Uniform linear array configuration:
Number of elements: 64
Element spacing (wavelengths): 0.75
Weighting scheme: hamming
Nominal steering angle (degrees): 30
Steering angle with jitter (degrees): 30.575
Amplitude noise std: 0.05
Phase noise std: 0.05

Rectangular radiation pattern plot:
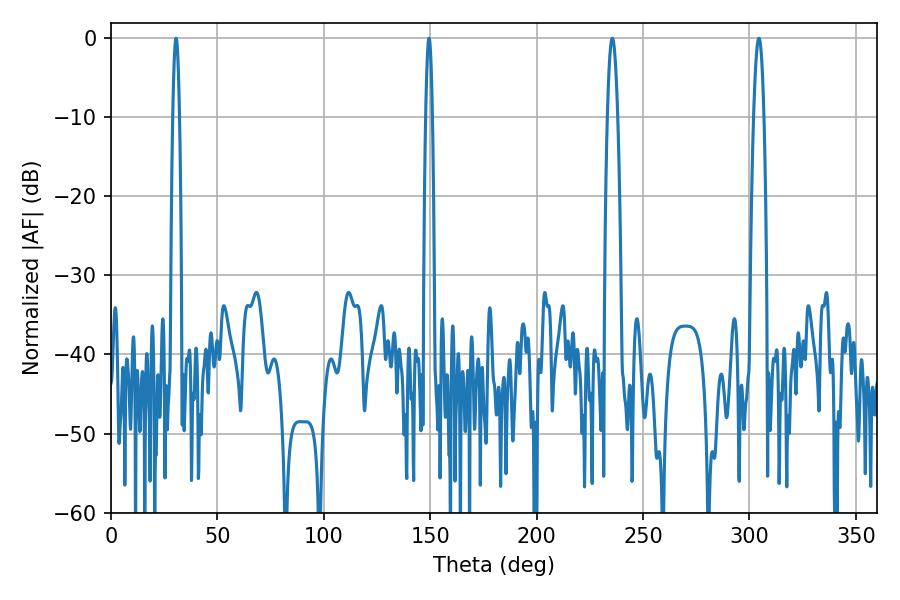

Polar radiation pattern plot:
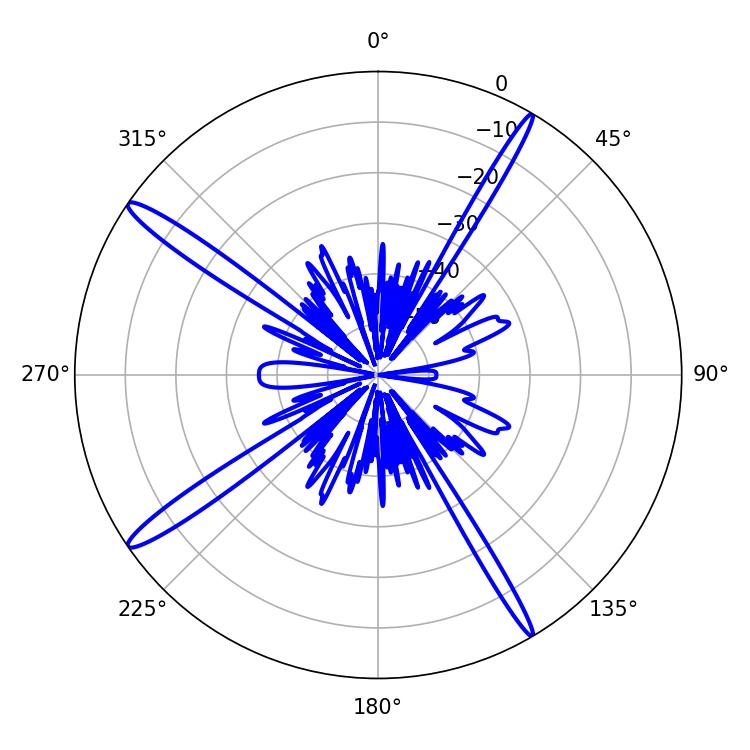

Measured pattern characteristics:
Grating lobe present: TRUE
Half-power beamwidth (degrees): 1.62
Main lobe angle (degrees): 149.4